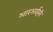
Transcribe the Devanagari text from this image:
आरआईसी